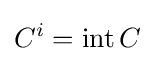
C^{i}=\operatorname {int} C